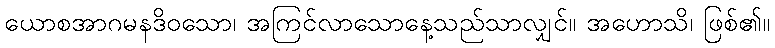
ယောစအာဂမနဒိဝသော၊ အကြင်လာသောနေ့သည်သာလျှင်။ အဟောသိ၊ ဖြစ်၏။